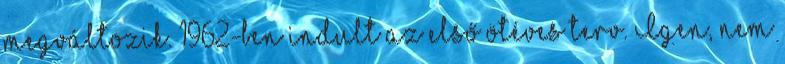
megváltozik. 1962-ben indult az első ötéves terv. Igen, nem